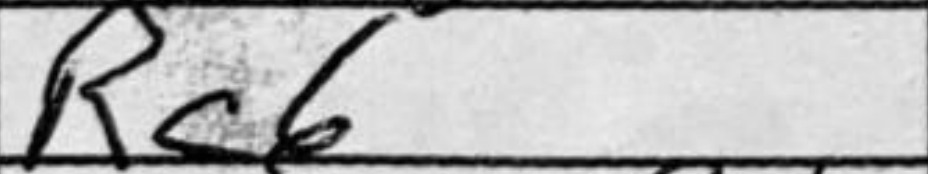
Transcription: Rc6